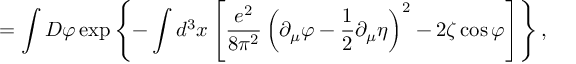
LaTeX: = \int D \varphi \exp \left\{ - \int d ^ { 3 } x \left[ \frac { e ^ { 2 } } { 8 \pi ^ { 2 } } \left( \partial _ { \mu } \varphi - \frac 1 2 \partial _ { \mu } \eta \right) ^ { 2 } - 2 \zeta \cos \varphi \right] \right\} ,